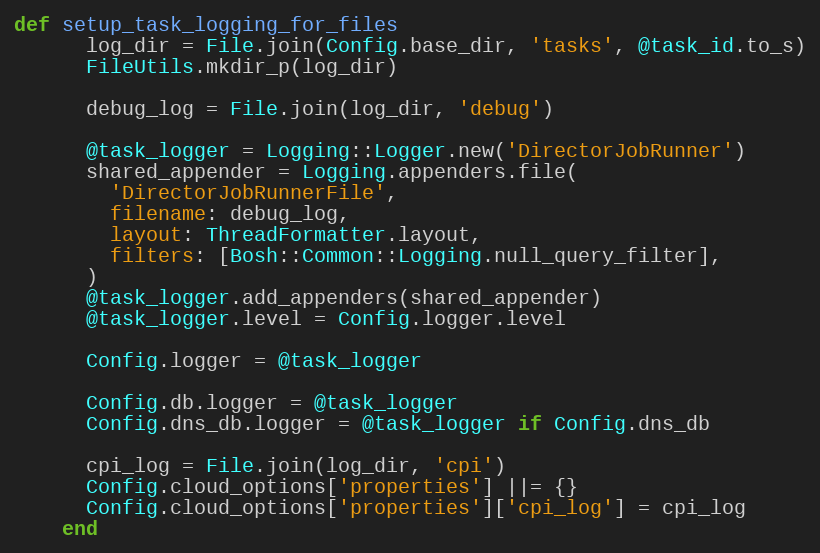
Language: Ruby
def setup_task_logging_for_files
      log_dir = File.join(Config.base_dir, 'tasks', @task_id.to_s)
      FileUtils.mkdir_p(log_dir)

      debug_log = File.join(log_dir, 'debug')

      @task_logger = Logging::Logger.new('DirectorJobRunner')
      shared_appender = Logging.appenders.file(
        'DirectorJobRunnerFile',
        filename: debug_log,
        layout: ThreadFormatter.layout,
        filters: [Bosh::Common::Logging.null_query_filter],
      )
      @task_logger.add_appenders(shared_appender)
      @task_logger.level = Config.logger.level

      Config.logger = @task_logger

      Config.db.logger = @task_logger
      Config.dns_db.logger = @task_logger if Config.dns_db

      cpi_log = File.join(log_dir, 'cpi')
      Config.cloud_options['properties'] ||= {}
      Config.cloud_options['properties']['cpi_log'] = cpi_log
    end